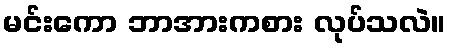
မင်းကော ဘာအားကစား လုပ်သလဲ။